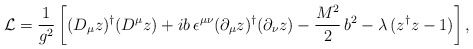
\begin{align*}{\cal L}=\frac{1}{g^2}\left[(D_\mu z)^\dagger (D^\mu z)+i b\,\epsilon^{\mu\nu}(\partial_\mu z)^\dagger (\partial_\nu z)-\frac{M^2}{2}\,b^2 -\lambda\,(z^\dagger z -1)\right],\end{align*}